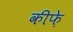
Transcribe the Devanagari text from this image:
कीफ़े